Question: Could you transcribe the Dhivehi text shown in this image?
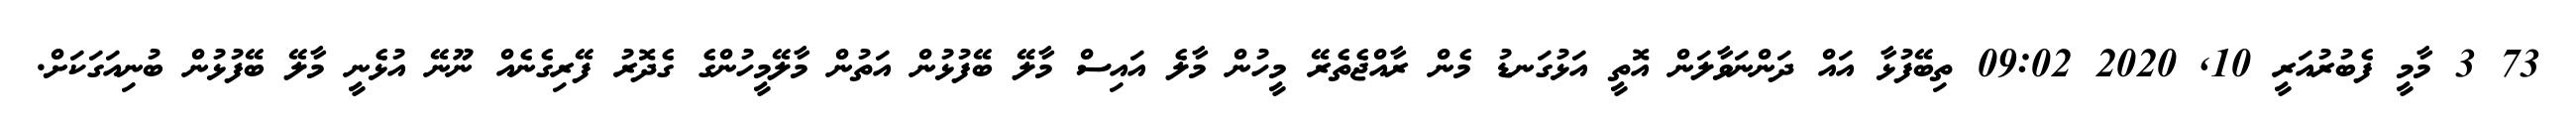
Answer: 73 3 މާމީ ފެބުރުއަރީ 10, 2020 09:02 ތިބޭފުޅާ އައް ދަންނަވާލަން އޮތީ އަޅުގަނޑު މެން ރާއްޖެތެރޭ މީހުން މާލެ އައިސް މާލޭ ބޭފުޅުން އަތުން މާލޭމީހުންގެ ގެދޮރު ފޭރިގެނެއް ނޫނޭ އުޅެނީ މާލޭ ބޭފުޅުން ބުނިއަގަކަށް.